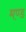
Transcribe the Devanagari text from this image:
मण्ड